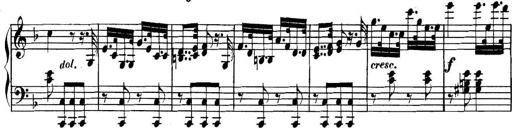
Title: Collected Piano Sonatas
Composer: Muzio Clementi